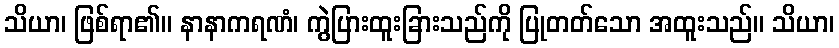
သိယာ၊ ဖြစ်ရာ၏။ နာနာကရဏံ၊ ကွဲပြားထူးခြားသည်ကို ပြုတတ်သော အထူးသည်။ သိယာ၊